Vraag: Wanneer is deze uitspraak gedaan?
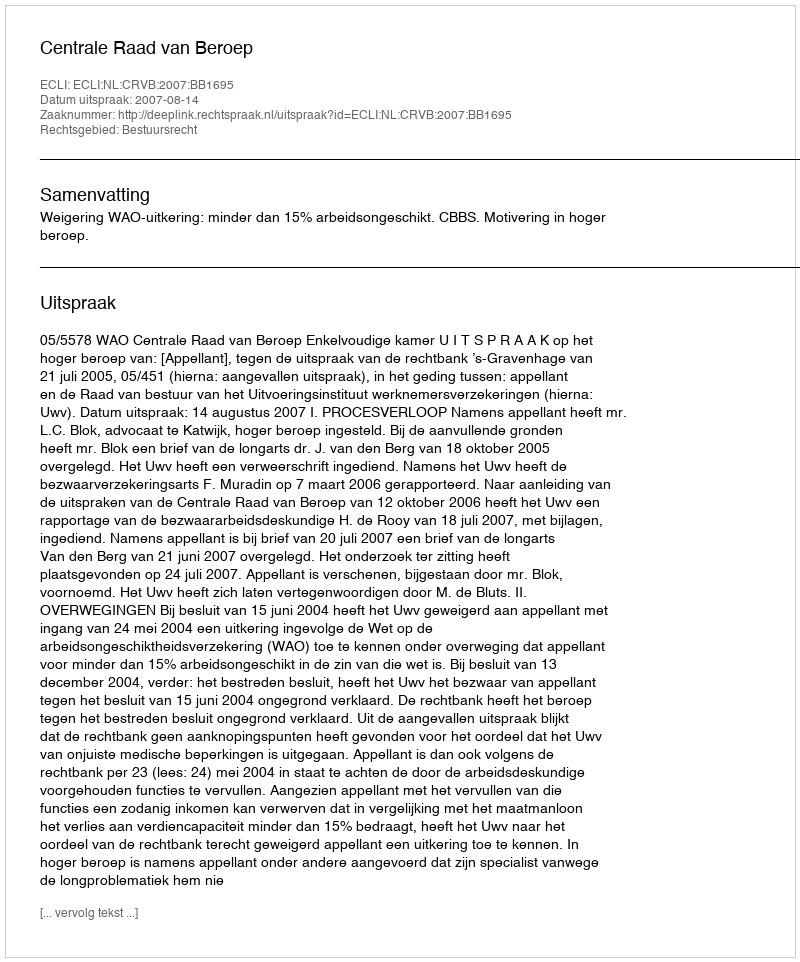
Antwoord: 2007-08-14